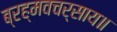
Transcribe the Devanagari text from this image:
ब्रह्मवचर्साय॥